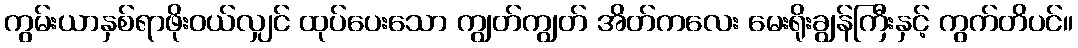
ကွမ်းယာနှစ်ရာဖိုးဝယ်လျှင် ထုပ်ပေးသော ကျွတ်ကျွတ် အိတ်ကလေး မေးရိုးချွန်ကြီးနှင့် ကွက်တိပင်။